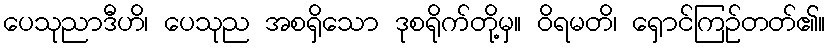
ပေသုညာဒီဟိ၊ ပေသုည အစရှိသော ဒုစရိုက်တို့မှ။ ဝိရမတိ၊ ရှောင်ကြဉ်တတ်၏။